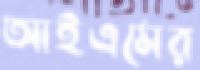
আইএমের